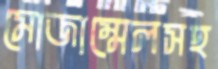
মোজাম্মেলসহ